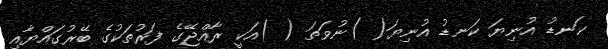
ކަނޑު އުނިޔަ ކަނޑު އުނިޔަ( )ނުވަތަ ( )އަކީ ރާއްޖޭގެ ފަރުތަކުގެ ބޭރުގައްޔާއި